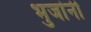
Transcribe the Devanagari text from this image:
भुजांनी